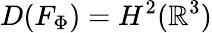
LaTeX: D(F_{\Phi})=H^{2}(\mathbb{R}^{3})